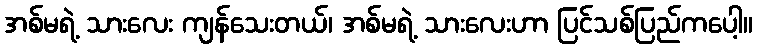
အစ်မရဲ့ သားလေး ကျန်သေးတယ်၊ အစ်မရဲ့ သားလေးဟာ ပြင်သစ်ပြည်ကပေါ့။